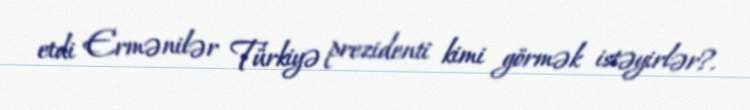
etdi Ermənilər Türkiyə prezidenti kimi görmək istəyirlər?.